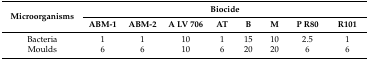
| <ROWSPAN=2> Microorganisms | <COLSPAN=8> Biocide |
 | ABM-1 | ABM-2 | A LV 706 | AT | B | M | P R80 | R101 |
 | --- | --- | --- | --- | --- | --- | --- | --- | --- |
 | Bacteria | 1 | 1 | 10 | 1 | 15 | 10 | 2.5 | 1 |
 | Moulds | 6 | 6 | 10 | 6 | 20 | 20 | 6 | 6 |